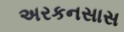
અરકનસાસ